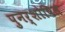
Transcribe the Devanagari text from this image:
पुनर्शोषित